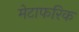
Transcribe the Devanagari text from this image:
मेटाफरिक